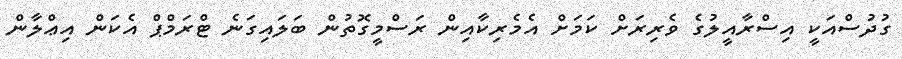
ގުދުސްއަކީ އިސްރާއީލުގެ ވެރިރަށް ކަމަށް އެމެރިކާއިން ރަސްމީގޮތުން ބަލައިގަނެ ޓްރަމްޕް އެކަން އިޢްލާން